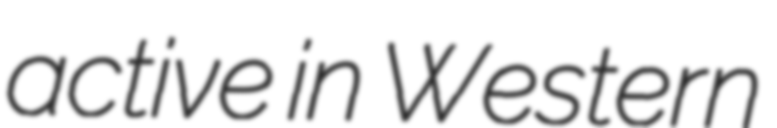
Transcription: active in Western